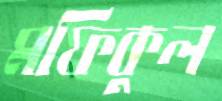
মফিকুল